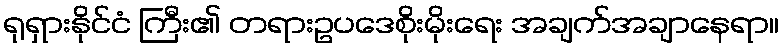
ရုရှားနိုင်ငံ ကြီး၏ တရားဥပဒေစိုးမိုးရေး အချက်အချာနေရာ။